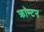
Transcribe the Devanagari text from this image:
क्रॉम्टन